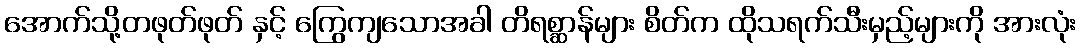
အောက်သို့တဖုတ်ဖုတ် နှင့် ကြွေကျသောအခါ တိရစ္ဆာန်များ စိတ်က ထိုသရက်သီးမှည့်များကို အားလုံး